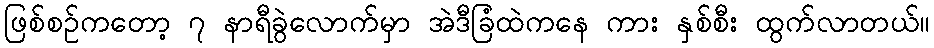
ဖြစ်စဉ်ကတော့ ၇ နာရီခွဲလောက်မှာ အဲဒီခြံထဲကနေ ကား နှစ်စီး ထွက်လာတယ်။